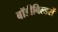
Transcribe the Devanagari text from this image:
बॉडीबिल्डरों